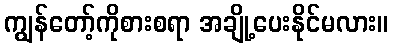
ကျွန်တော့်ကိုစားစရာ အချို့ပေးနိုင်မလား။